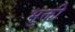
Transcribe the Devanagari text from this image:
भुक्ती